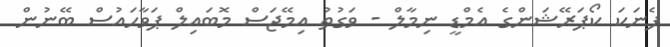
ފެނަކަ ކޯޕަރޭޝަންގެ އެމްޑީ ނިމާލް - ވަގުތު އިމޭޖަސް މޮބައިލް ޕަވާހައުސް ބޭނުން